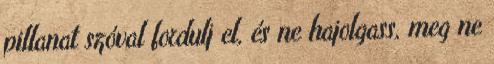
pillanat szóval fordulj el, és ne hajolgass, meg ne